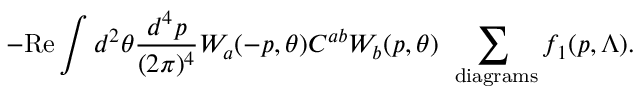
- \mathrm { R e } \int d ^ { 2 } \theta \frac { d ^ { 4 } p } { ( 2 \pi ) ^ { 4 } } W _ { a } ( - p , \theta ) C ^ { a b } W _ { b } ( p , \theta ) \, \sum _ { \mathrm { \footnotesize ~ d i a g r a m s } } f _ { 1 } ( p , \Lambda ) .